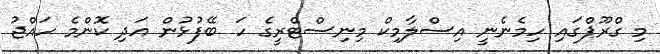
މި ގްރޫޕްގައި ހިމެނެނީ އިސްލާމިކް މިނިސްޓްރީގެ ހަ ބޭފުޅުން އަދި ކޮންމެ ހައްޖު